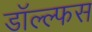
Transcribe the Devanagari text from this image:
डॉल्ल्फस